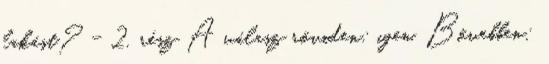
lakást? - 2. rész A válasz röviden: igen. Bővebben: